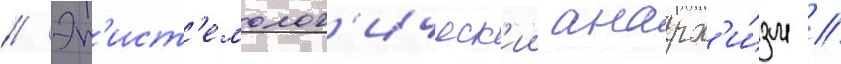
// Эп'ист'емолог'ическ'ии анарх'и́зм //